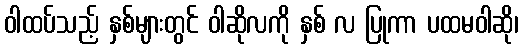
ဝါထပ်သည့် နှစ်များတွင် ဝါဆိုလကို နှစ် လ ပြုကာ ပထမဝါဆို၊